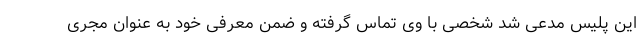
این پلیس مدعی شد شخصی با وی تماس گرفته و ضمن معرفی خود به عنوان مجری